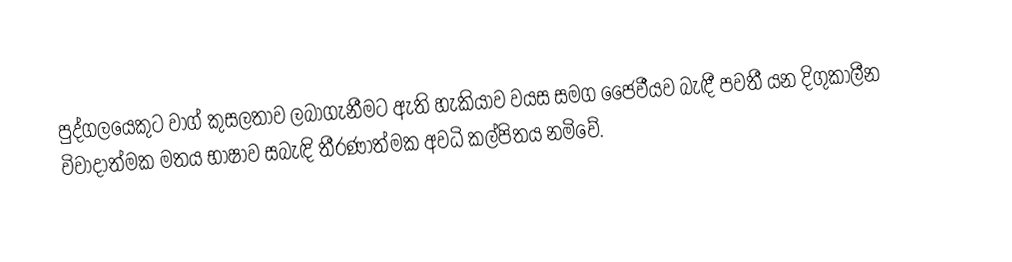
පුද්ගලයෙකුට වාග් කුසලතාව ලබාගැනීමට ඇති හැකියාව වයස සමග ජෛවීයව බැඳී පවතී යන දිගුකාලීන විවාදාත්මක මතය  භාෂාව සබැඳි තීරණාත්මක අවධි කල්පිතය නමිවේ.